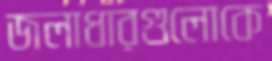
জলাধারগুলোকে